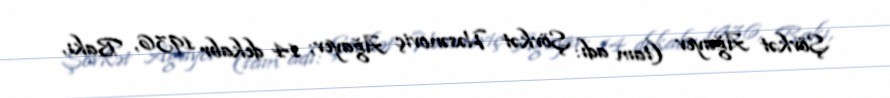
Şövkət Ağayev (tam adı: Şövkət Həsənoviç Ağayev; 14 dekabr 1936, Bakı,